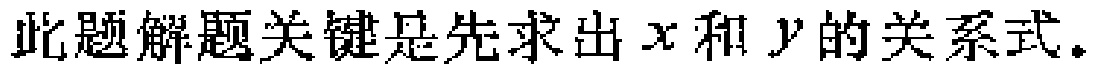
此题解题关键是先求出 \(x\) 和 \(y\) 的关系式。